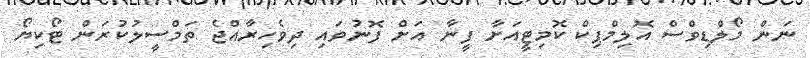
ނަން މޯލްޑިވްސް އޮލިމްޕިކް ކޮމިޓީއަށާ ފީނާ އަށް ފޮނުވައި ދިވެހިރާއްޖެ ތަމްސީލުކުރަން ޓޯކިޔޯ